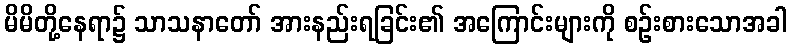
မိမိတို့နေရာ၌ သာသနာတော် အားနည်းရခြင်း၏ အကြောင်းများကို စဉ်းစားသောအခါ